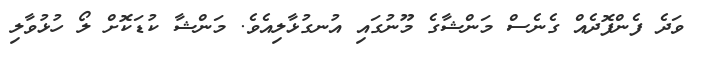
ވަދެ ފެންފޮދެއް ގެނެސް މަންޝާގެ މޫނުގައި އުނގުޅާލިއެވެ. މަންޝާ ކުޑަކޮށް ލޯ ހުޅުވާލި